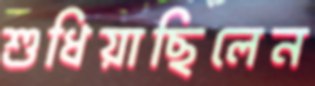
শুধিয়াছিলেন